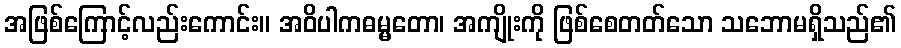
အဖြစ်ကြောင့်လည်းကောင်း။ အဝိပါကဓမ္မတော၊ အကျိုးကို ဖြစ်စေတတ်သော သဘောမရှိသည်၏